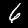
Label: 6